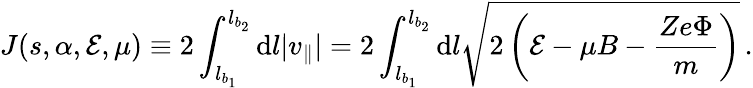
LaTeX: J(s,\alpha,\mathcal{E},\mu)\equiv 2\int_{l_{b_{1}}}^{l_{b_{2}}}\mathrm{d}l|v_{\parallel}|=2\int_{l_{b_{1}}}^{l_{b_{2}}}\mathrm{d}l\sqrt{2\left(\mathcal{E}-\mu B-\frac{Ze\Phi}{m}\right)}\, .